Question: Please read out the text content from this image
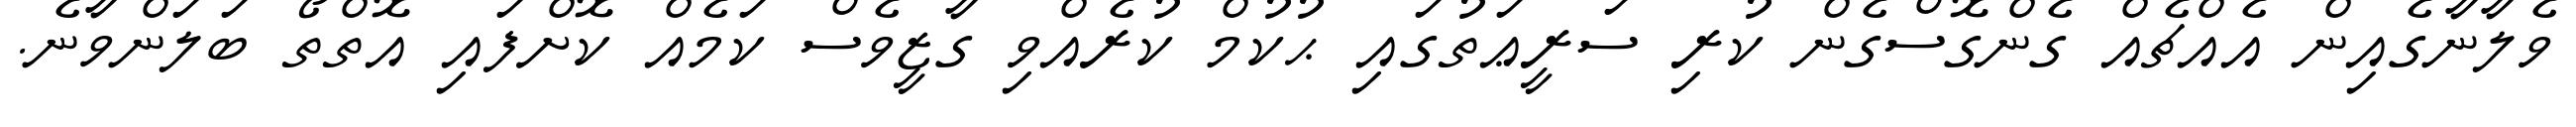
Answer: ވެލާނާގެއިން އެއްޗެއް ގެންގޮސްގެން ކުރި ސަރީޢަތުގައި ޙުކުމް ކުރެއްވި ގާޒީވެސް ކަމެއް ކޮށްފައި އޮތްތޯ ބަލަންވާނެ.